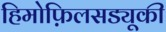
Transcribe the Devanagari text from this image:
हिमोफ़िलसड्यूकी